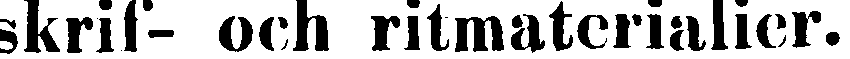
skrif- och ritmaterialier.